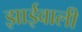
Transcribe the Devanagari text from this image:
झाईवाली